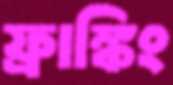
ফ্রাঙ্কিং